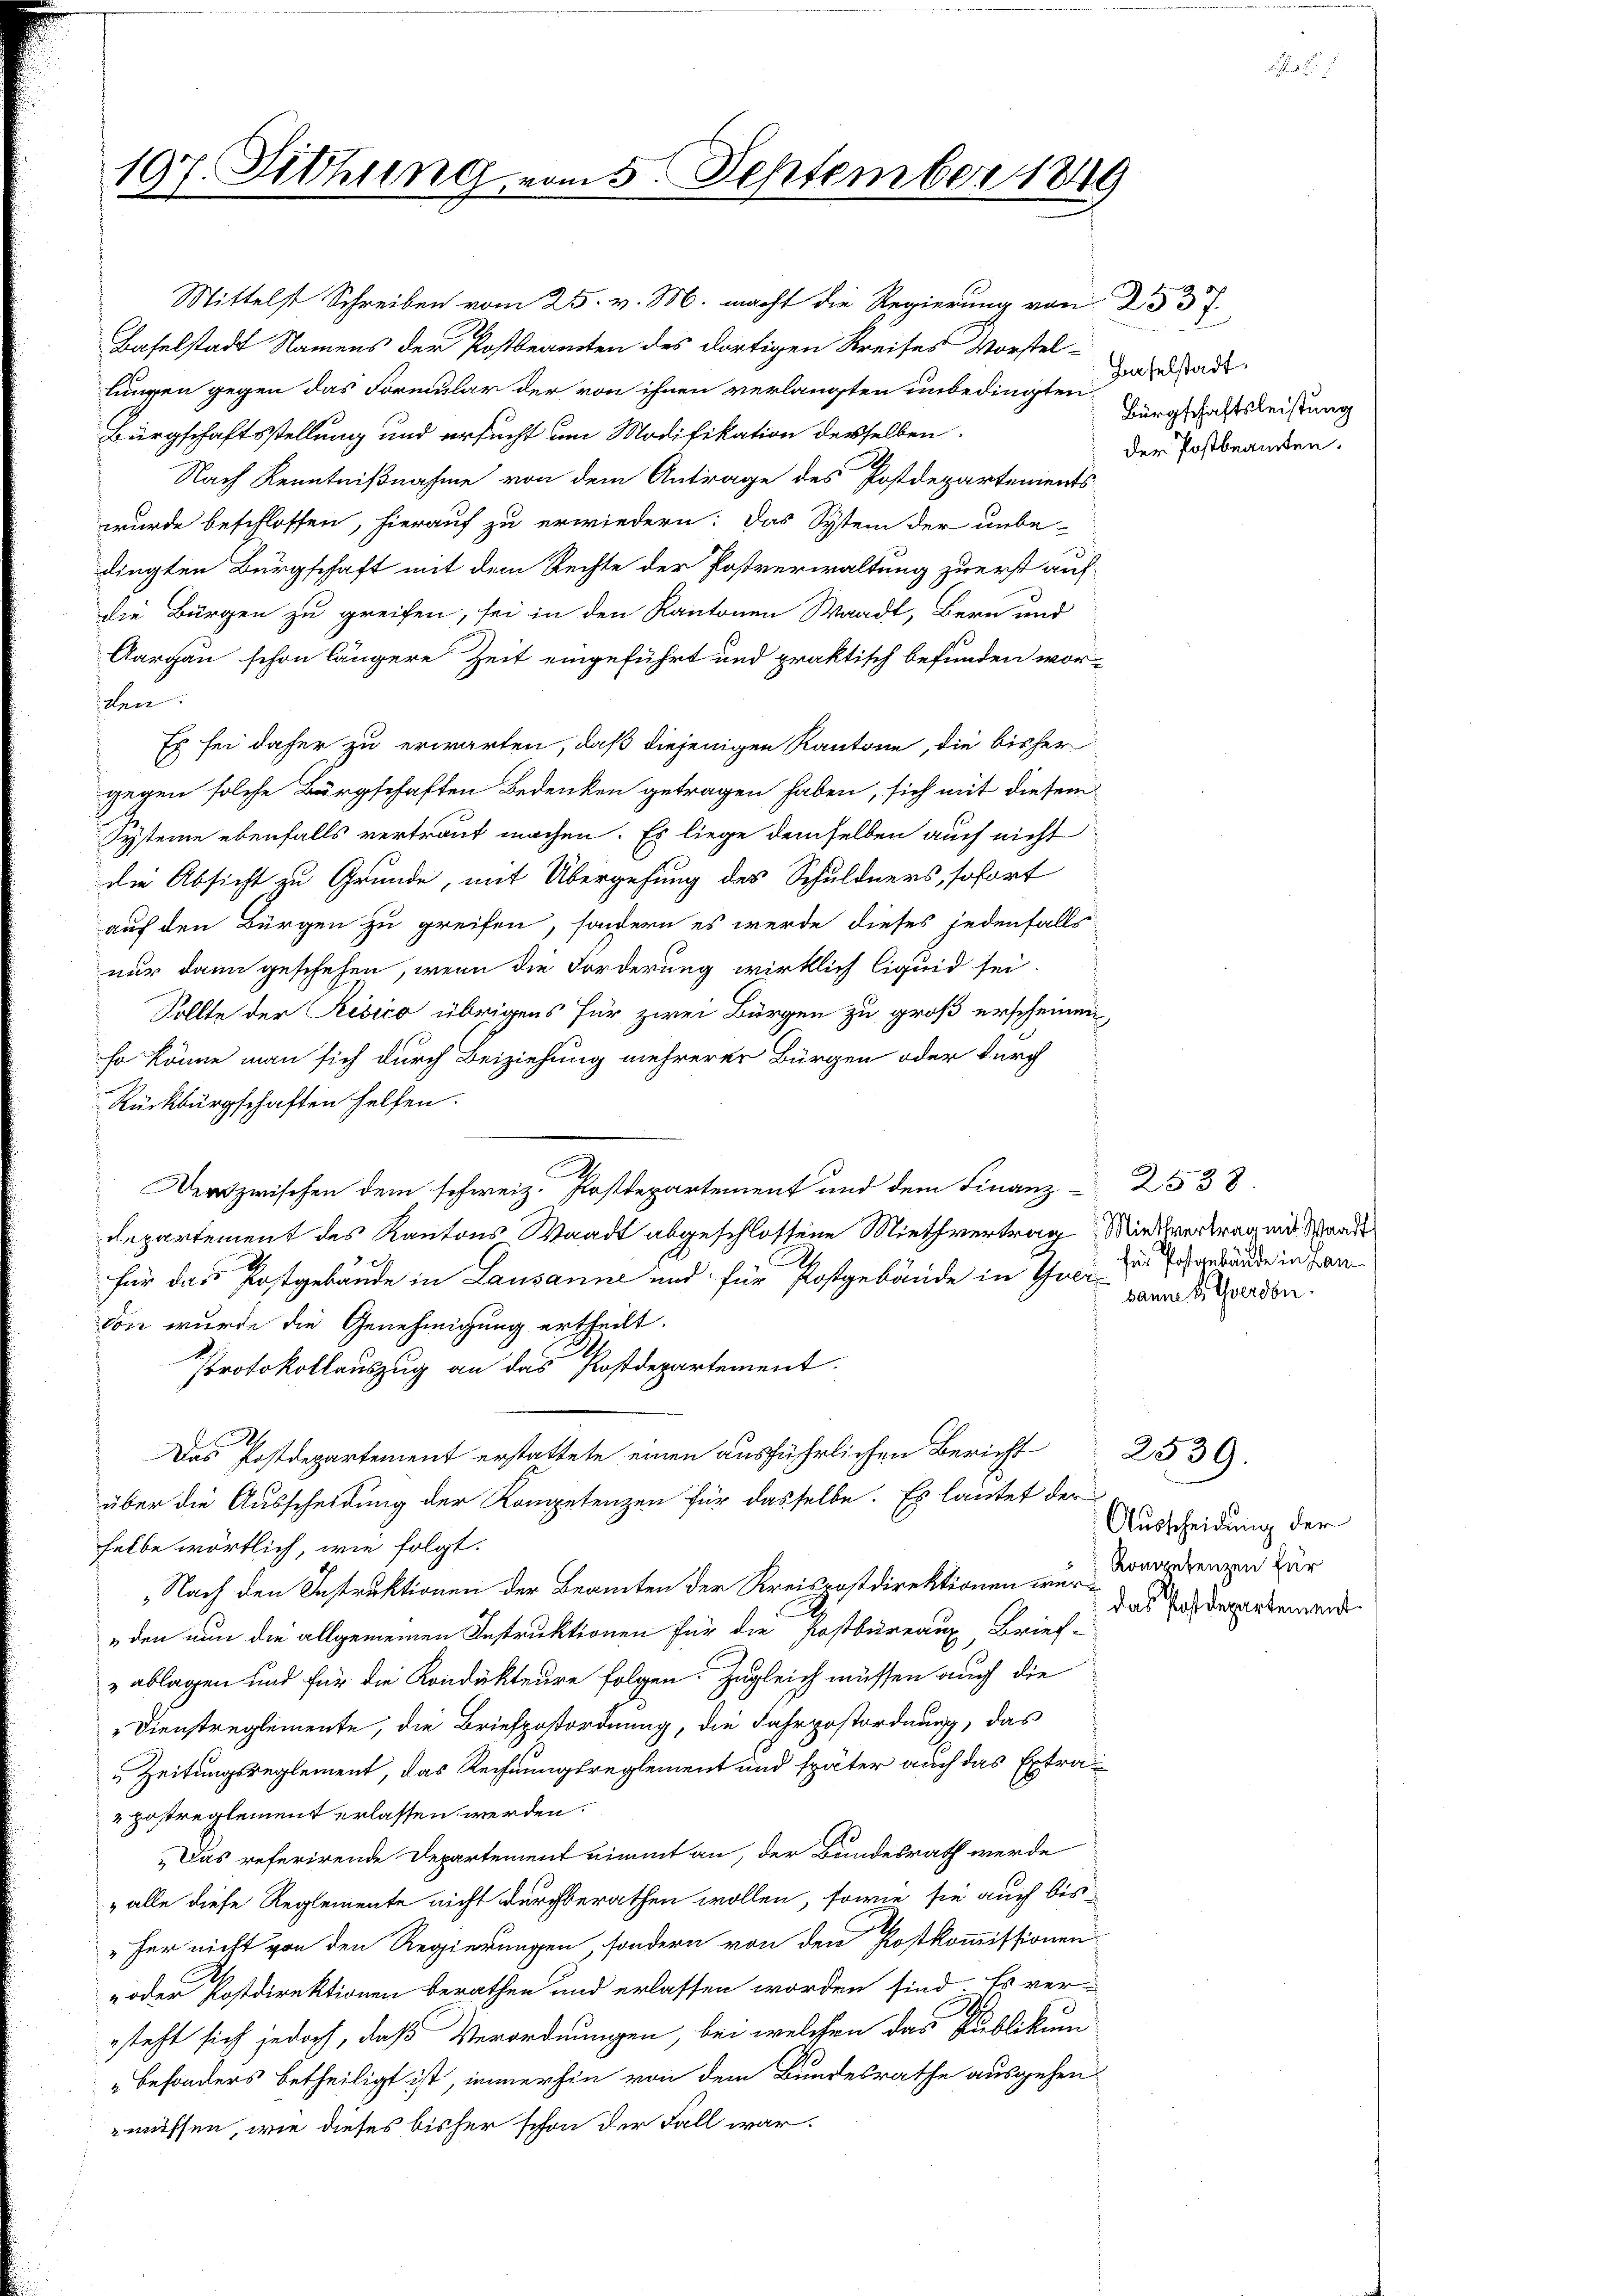
197. Sitzung vom 5. September 1849

Mittelst Schreiben vom 25. v. M. macht die Regierung von 23 37
Baselstadt Namens der Postbeamten des dortigen Kreises Vorstel-
lungen gegen das Formular der von ihnen verlangten unbedingten
Bürgschaftsstellung und ersucht um Modifikation derselben
Nach Kenntnißnahme von dem Antrage des Postdepartements
wurde beschlossen, hierauf zu erwiedern: Das System der unbe-
dingten Bürgschaft mit dem Rechte der Postverwaltung zu erst aufdie Bürgen zu greifen, sei in den Kantonen Waadt, Bern und
Aargau schon längere Zeit eingeführt und praktisch befunden wor-
iten.
Es sei daher zu erwarten, daß diejenigen Kantone, die bisher
gegen solche Bürgschaften Bedenken getragen haben, sich mit diesem
Systeme ebenfalls vertraut machen. Es liege demselben auch nicht
die Absicht zu Grunde, mit Übergehung des Schuldners, sofort
auf den Bürgen zu greifen, sondern es werde dieses jedenfalls
nur dann geschehen, wenn die Forderung wirklich liquid sei.
Sollte der Risico übrigens für zwei Bürgen zu groß erscheinen,
so könne man sich durch Beiziehung mehrerer Bürgen oder durch
Rückbürgschaften helfen.
u
er zwischen dem schweiz. Postdepartement und dem Finanz 2538.
Repartement des Kantons Waadt abgeschlossene Miethvertrag Mietvertrag mit Schande
.
für das Postgebäude in Lausanne und für Postgebäude in Guli-
von wurde die Genehmigung ertheilt.
Protokollauszug an das Postdepartement.
Das Postdepartement erstattete einen ausführlichen Bericht
über die Ausscheidung der Kompetenzen für dasselbe. Es lautet der
selbe wörtlich, wie folgt.
Nach den Instruktionen der Beamten der Kreispostdirektionen nur Kongrenzen Zür
„den nun die allgemeinen Instruktionen für die Postbureaux, Brief-
ablagen und für die Kondukteure folgen. Zugleich müssen auch die
" Dienstreglemente, die Briefpostordnung, die Fahrpostordnung, das
Zeitungsreglement, das Rechnungsreglement und später auch das Extrapostreglement erlassen werden.
„Das referirende Departement nimmt an, der Bundesrath werde
„alle diese Reglemente nicht durchberathen wollen, sowie sie auch bisher nicht von den Regierungen, sondern von den Postkommissionen
- oder Postdirektionen berathen und erlassen worden sind. Es ver-
steht sich jedoch, daß Verordnungen, bei welchen das Publikum
besonders betheiligt ist, immerhin von dem Bundesrathe ausgehen,
müssen, wie dieses bisher schon der Fall war.

Haselstadt.
Bürgschaftsleistung
der Postbeamten.

für Postenbäude in Lan
banne u. Thoerden.

Ausscheidung der
Das Postdepartement

2539.